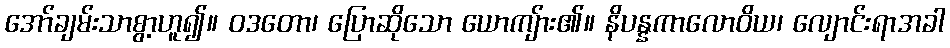
အော်ချမ်းသာစွာ့ဟူ၍။ ဝဒတော၊ ပြောဆိုသော ယောကျ်ား၏။ နိပန္နကာလောဝိယ၊ လျောင်းရာအခါ